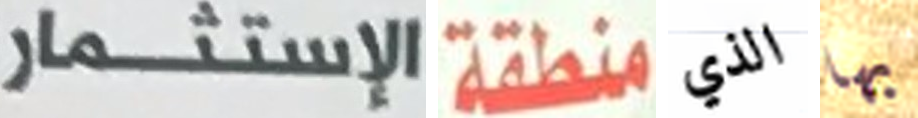
الإستثمار منطقة الذي بها